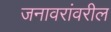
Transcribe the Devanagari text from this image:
जनावरांवरील